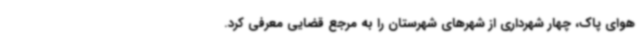
هوای پاک، چهار شهرداری از شهرهای شهرستان را به مرجع قضایی معرفی کرد.